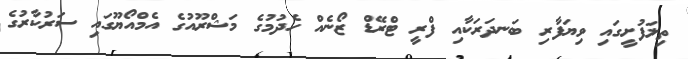
ތިލަފުށީގައި ވިޔަފާރި ބަނދަރަކާއި ފްރީ ޓްރޭޑް ޒޯނެއް ހެދުމުގެ މަޝްރޫއުގެ އެމްއޯޔޫގައި ސަރުކާރުގެ